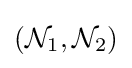
({\mathcal {N}}_{1},{\mathcal {N}}_{2})